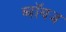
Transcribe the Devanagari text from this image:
ब्‍वॉयज